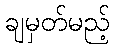
ချမှတ်မည့်